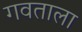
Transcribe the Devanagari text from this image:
गवताला